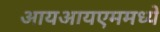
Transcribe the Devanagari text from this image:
आयआयएममध्ये